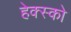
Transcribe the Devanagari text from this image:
हेक्स्को